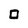
Character: 0